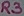
Text: R3